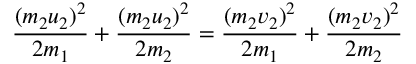
{ \frac { ( m _ { 2 } u _ { 2 } ) ^ { 2 } } { 2 m _ { 1 } } } + { \frac { ( m _ { 2 } u _ { 2 } ) ^ { 2 } } { 2 m _ { 2 } } } = { \frac { ( m _ { 2 } v _ { 2 } ) ^ { 2 } } { 2 m _ { 1 } } } + { \frac { ( m _ { 2 } v _ { 2 } ) ^ { 2 } } { 2 m _ { 2 } } } \,